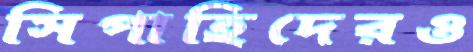
সিপাহিদেরও